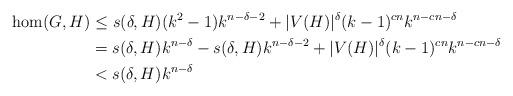
LaTeX: \begin{align*}\hom(G,H)&\leq s(\delta,H)(k^2-1)k^{n-\delta-2}+|V(H)|^\delta(k-1)^{cn}k^{n-cn-\delta}\\&=s(\delta,H)k^{n-\delta}-s(\delta,H)k^{n-\delta-2}+|V(H)|^\delta(k-1)^{cn}k^{n-cn-\delta}\\&<s(\delta,H)k^{n-\delta}\end{align*}